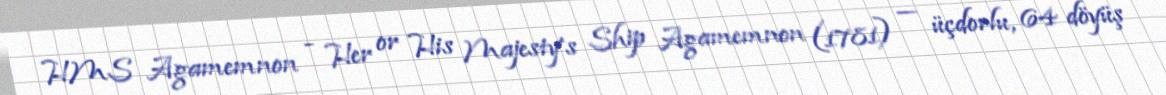
HMS Agamemnon - Her or His Majesty’s Ship Agamemnon (1781) — üçdorlu, 64 döyüş